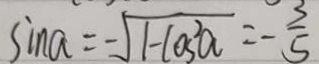
\sin a = - \sqrt { 1 - \cos ^ { 2 } a } = - \frac { 3 } { 5 }